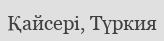
Қайсері, Түркия